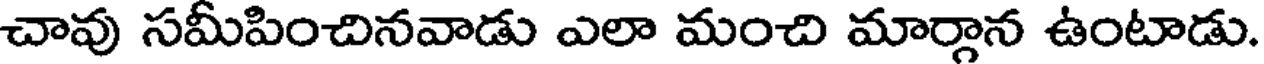
చావు సమీపించినవాడు ఎలా మంచి మార్గాన ఉంటాడు.